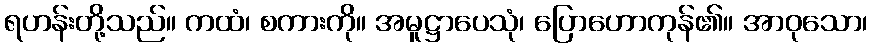
ရဟန်းတို့သည်။ ကထံ၊ စကားကို။ အမူဋ္ဌာပေသုံ၊ ပြောဟောကုန်၏။ အာဝုသော၊